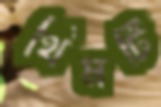
থিমটি